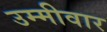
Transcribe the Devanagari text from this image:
उम्मीवार